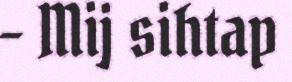
– Mij sihtap